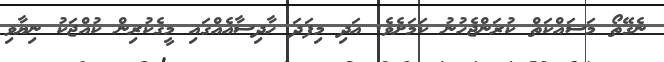
ނެގޭތޯ މަސައްކަތް ކުރަންޖެހުނު ކަމަށެވެ. އަދި މިފަދަ ހާދިސާއެއްގައި މީގެކުރިން ކުއްޖަކު ނިޔާވި